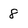
Character: 8